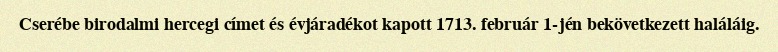
Cserébe birodalmi hercegi címet és évjáradékot kapott 1713. február 1-jén bekövetkezett haláláig.